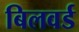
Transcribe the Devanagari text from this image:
बिलवर्ड